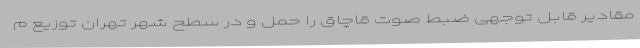
مقادیر قابل توجهی ضبط صوت قاچاق را حمل و در سطح شهر تهران توزیع م